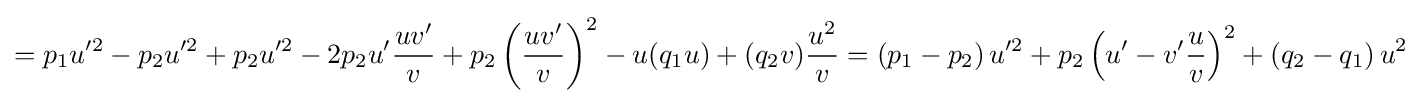
=p_{1}u'^{2}-p_{2}u'^{2}+p_{2}u'^{2}-2p_{2}u'{\frac {uv'}{v}}+p_{2}\left({\frac {uv'}{v}}\right)^{2}-u(q_{1}u)+(q_{2}v){\frac {u^{2}}{v}}=\left(p_{1}-p_{2}\right)u'^{2}+p_{2}\left(u'-v'{\frac {u}{v}}\right)^{2}+\left(q_{2}-q_{1}\right)u^{2}